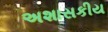
અશાસકીય